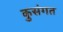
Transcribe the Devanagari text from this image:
कुसंगत